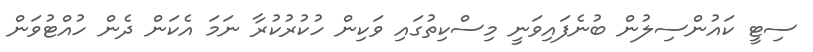
ސިޓީ ކައުންސިލުން ބުނެފައިވަނީ މިސްކިތުގައި ވަކިން ހުކުރުކުރާ ނަމަ އެކަން ދެން ހުއްޓުވަން